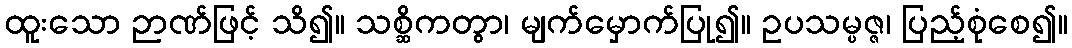
ထူးသော ဉာဏ်ဖြင့် သိ၍။ သစ္ဆိကတွာ၊ မျက်မှောက်ပြု၍။ ဥပသမ္ပဇ္ဇ၊ ပြည့်စုံစေ၍။